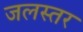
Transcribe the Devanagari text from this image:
जलस्‍तर